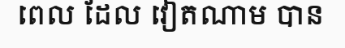
ពេល ដែល វៀតណាម បាន